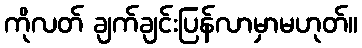
ကိုလတ် ချက်ချင်းပြန်လာမှာမဟုတ်။